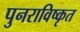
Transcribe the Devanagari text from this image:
पुनराविष्कृत